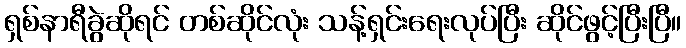
ရှစ်နာရီခွဲဆိုရင် တစ်ဆိုင်လုံး သန့်ရှင်းရေးလုပ်ပြီး ဆိုင်ဖွင့်ပြီးပြီ။